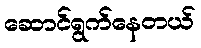
ဆောင်ရွက်နေတယ်